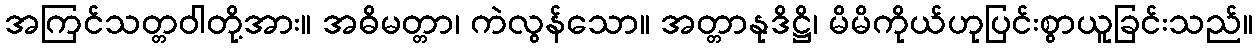
အကြင်သတ္တဝါတို့အား။ အဓိမတ္တာ၊ ကဲလွန်သော။ အတ္တာနုဒိဋ္ဌိ၊ မိမိကိုယ်ဟုပြင်းစွာယူခြင်းသည်။